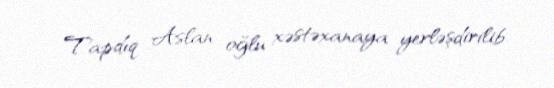
Tapdıq Aslan oğlu xəstəxanaya yerləşdirilib.